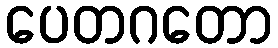
ပေတဂတော